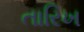
તારિખ